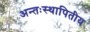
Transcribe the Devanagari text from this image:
अन्तःस्थापितीय